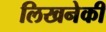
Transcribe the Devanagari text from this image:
लिखनेकी